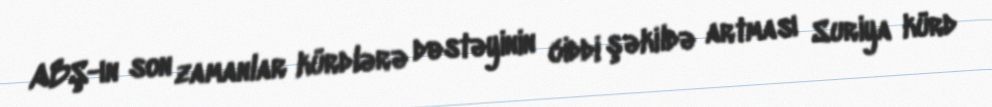
ABŞ-ın son zamanlar kürdlərə dəstəyinin ciddi şəkildə artması Suriya kürd